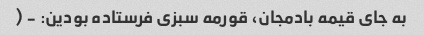
به جای قیمه بادمجان، قورمه سبزی فرستاده بودین: - (